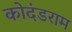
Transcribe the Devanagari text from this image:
कोदंडराम